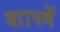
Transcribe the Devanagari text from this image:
शास्त्रें